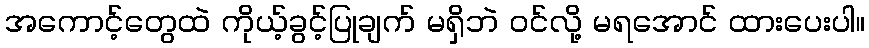
အကောင့်တွေထဲ ကိုယ့်ခွင့်ပြုချက် မရှိဘဲ ဝင်လို့ မရအောင် ထားပေးပါ။